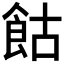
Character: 𩚩